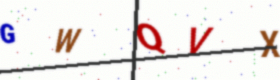
Text: GWQVX